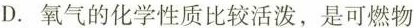
D.氧气的化学性质比较活泼，是可燃物